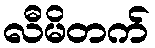
လီမိတက်